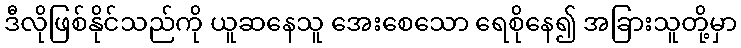
ဒီလိုဖြစ်နိုင်သည်ကို ယူဆနေသူ အေးစေသော ရေစိုနေ၍ အခြားသူတို့မှာ